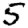
Digit: 5